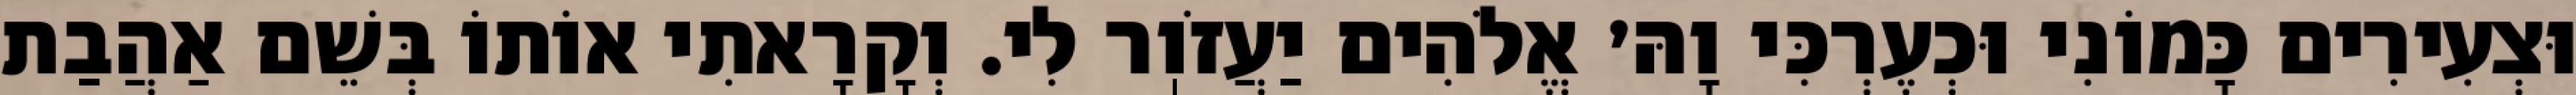
וּצְעִירִים כָּמוֹנִי וּכְעֶרְכִּי וָהּ׳ אֱלֹהִים יַעֲזֹוֽר לִי. וְקָרָאתִי אוֹתוֹ בְּשֵׁם אַהֲבַת